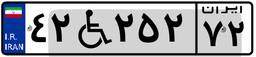
۴۲W۲۵۲۷۲